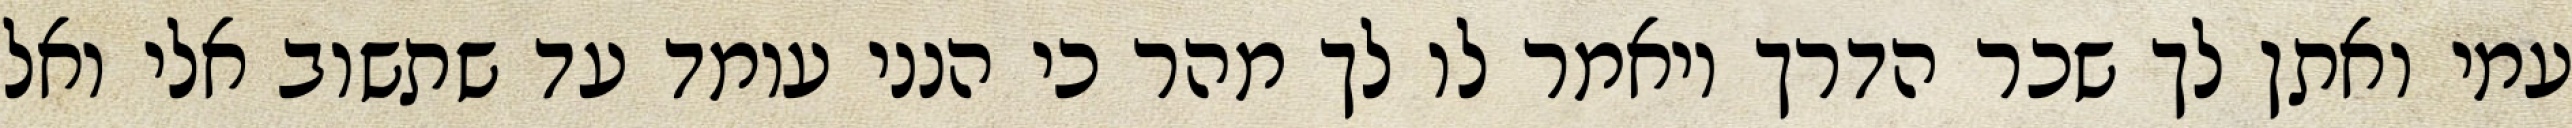
עמי ואתן לך שכר הדרך ויאמר לו לך מהר כי הנני עומד עד שתשוב אלי ואל